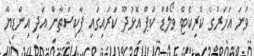
ވަނަ އަހަރުގެ ކްރިކެޓް ވޯލްޑް ކަޕް އޮޅުދޫ ކަރައިގައި ޕާކިސްތާން އަދި އިންޑިޔާ